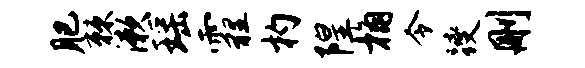
肥棘漱瑶霾杓隍桷令躞删